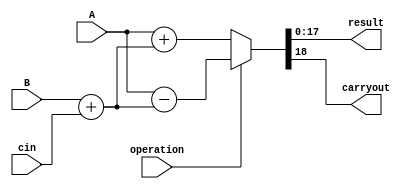
module adder_subtracter(A,B,cin,operation,result,carryout);
parameter DATA_WIDTH = 18;
input [DATA_WIDTH-1:0] A,B;
input cin,operation;
output [DATA_WIDTH-1:0] result;
output carryout;

assign {carryout,result} = (operation)? (A-(B+cin)) : (A+(B+cin))  ;  

endmodule